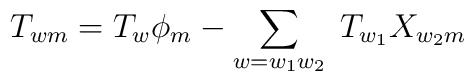
T_{wm} = T_{w} \phi_{m} - \sum_{w=w_{1}w_{2}} \; T_{w_{1}}X_{w_{2}m}